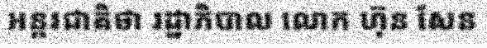
អន្តរជាតិថា រដ្ឋាភិបាល លោក ហ៊ុន សែន